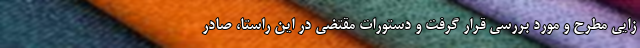
زایی مطرح و مورد بررسی قرار گرفت و دستورات مقتضی در این راستا، صادر